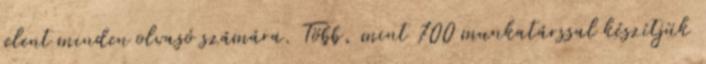
jelent minden olvasó számára. Több, mint 700 munkatárssal készítjük